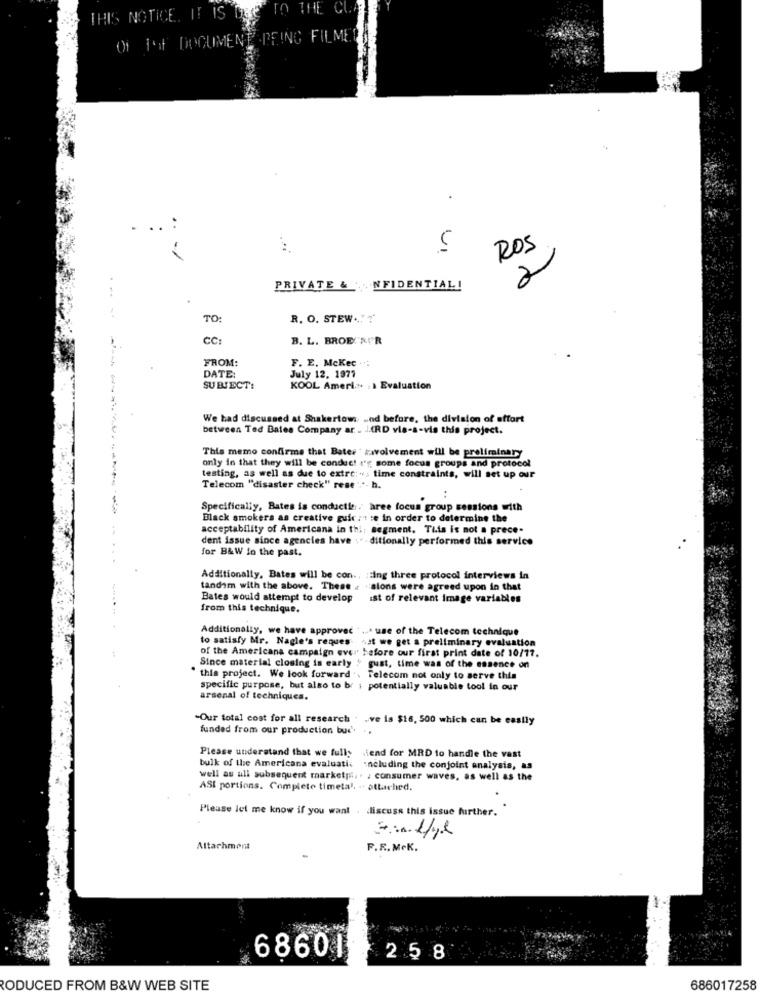
THIS NOTICE. IT IS ORO TO THE CLA
OF Iof DOCUMENT .DEING FILMET
VI
ROS
2
PRIVATE & NFIDENTIAL!
TO:
R. O. STEW ... ? '
CC:
B. L. BROE 'SIR
-
FROM:
F. E. Mckec .:
DATE:
July 12, 1977
SUBJECT:
KOOL Ameri . 1 Evaluation
We had discussed at Shakertows and before, the division of effort
between Ted Bates Company ar . JARD vis-a-vis this project.
This memo confirms that Bater ' zwolvement will be preliminary
only in that they will be conduct i'f; some focus groups and protocol
testing, as well as due to extre:" ; time constraints, will set up our
Telecom "disaster check" rese ""- h.
..
Specifically, Bates is conducti. hree focus group sessions with
Black smokers as creative guic : : : e in order to determine the
acceptability of Americana in th .; segment. This is not a prece-
dent issue since agencies have .. . ditionally performed this service
for B&W fo the past.
Additionally, Bates will be con ., ing three protocol interviews in
tandem with the above. These . . sions were agreed upon in that
Bates would attempt to develop
ist of relevant image variables
from this technique.
Additionally, we have approved . .... use of the Telecom technique
of the Americana campaign ever before our first print date of 10/17.
to satisfy Mr. Nagle's reques sat we get a preliminary evaluation
Since material closing in early
gust, time was of the essence on
this project. We look forward
Telecom not only to serve this
specific purpose, but also to br ; potentially valuable tool in our
arsenal of techniques.
"Our total cost for all research . . ve is $16, 500 which can be easily
funded from our production but
Please understand that we fully
iend for MRD to handle the vast
bulk of the Americana evaluatie including the conjoint analysis, as
well as all subsequent marketpi. . : consumer waves, as well as the
ASI portions. Complete timetal. - attached.
Please let me know if you want . discuss this issue further.
Altarhmont
F.R. McK.
68601
258
RODUCED FROM B&W WEB SITE
686017258